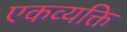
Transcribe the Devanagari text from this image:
एकव्यक्ति